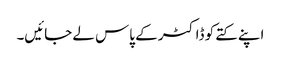
اپنے کتے کو ڈاکٹر کے پاس لے جائیں۔